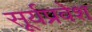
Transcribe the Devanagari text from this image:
सूर्यप्रवेश